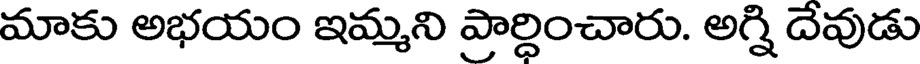
మాకు అభయం ఇమ్మని ప్రార్ధించారు. అగ్ని దేవుడు